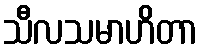
သီလသမာဟိတာ